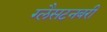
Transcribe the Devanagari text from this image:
ग्लैसटनबरी